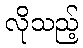
လိုသည့်